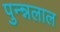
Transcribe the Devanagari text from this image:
पुन्न्नलाल